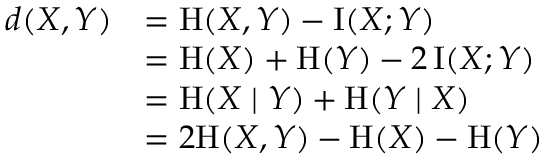
{ \begin{array} { r l } { d ( X , Y ) } & { = \mathrm { H } ( X , Y ) - \operatorname { I } ( X ; Y ) } \\ & { = \mathrm { H } ( X ) + \mathrm { H } ( Y ) - 2 \operatorname { I } ( X ; Y ) } \\ & { = \mathrm { H } ( X \mid Y ) + \mathrm { H } ( Y \mid X ) } \\ & { = 2 \mathrm { H } ( X , Y ) - \mathrm { H } ( X ) - \mathrm { H } ( Y ) } \end{array} }